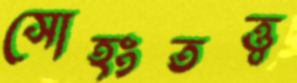
সোহংতত্ত্ব